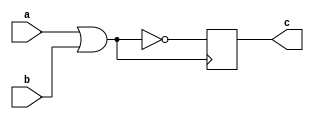
module nor_gate_delay(
    input wire a,
    input wire b,
    output reg c
);

reg delay_signal;

always @ (a or b) begin
    delay_signal <= ~(a | b); // Delay introduced by NOR gate
end

always @ (posedge delay_signal) begin
    c <= delay_signal; // Synchronize output with delayed signal
end

endmodule